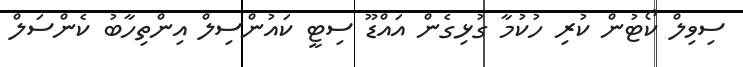
ސިވިލް ކޯޓުން ކުރި ހުކުމާ ގުޅިގެން އައްޑޫ ސިޓީ ކައުންސިލް އިންތިހާބު ކެންސަލް